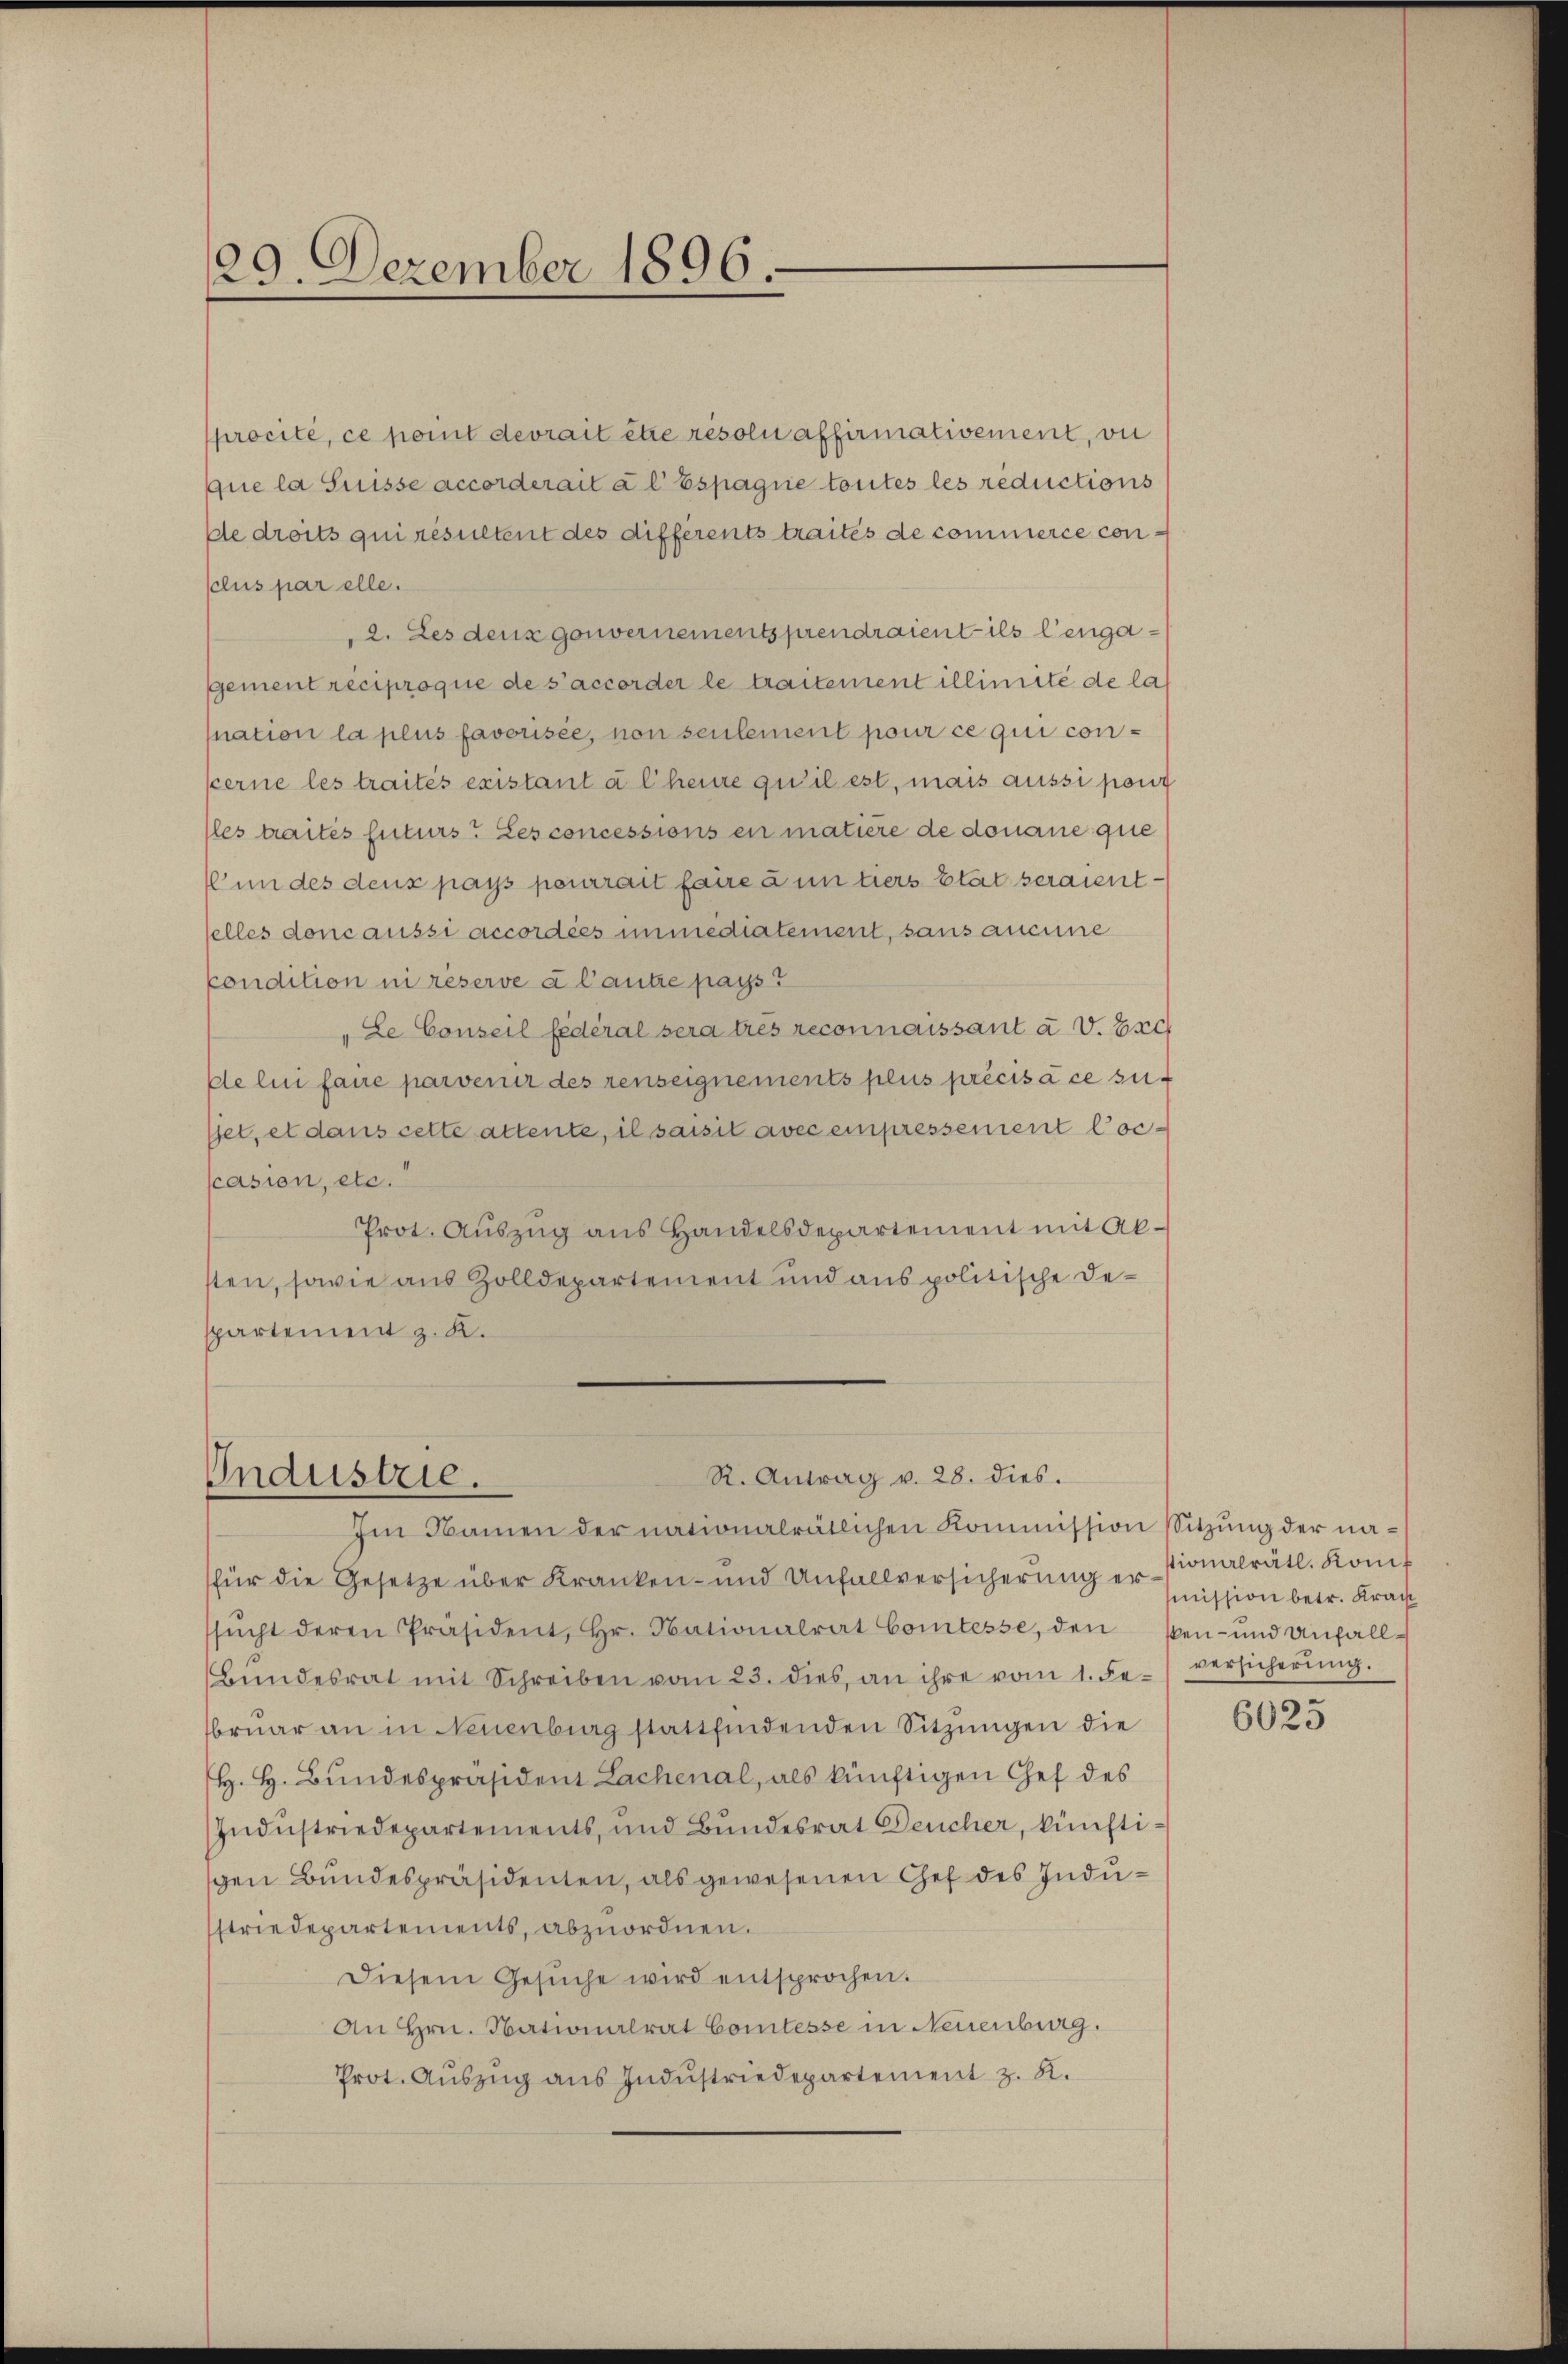
29. Dezember 1896.

procité, ce point devrait être résolu affirmativement, vi
que la Suisse accorderait à l’ Espagnie toutes les réductions
de droits qui resultent des différents traites de commerce consclus par elle.
2. Les dens gouvernementsprendraient ils lengagement reciproque de s’accorder le traitement illimité de las
nation la plus favorisée, non seulement pour ce qui concerne les traités existant à l’heure qu’il est, mais aussi pont
lles traités futurs? Les concessions en matière de donaue que
 un des deux pays pourrait faire à un tiers Etat seraientselles doncaussi accordées immediatement, sans aucune
Condition ni réserve à l’autre pays?
„Le Conseil fédéral sera tres reconnaissant à V. Esch
de lui faire parvenir des renseignements plus précis à ce suf
jet, et dans cette attente, il saisit avec einpressement Cocscasion, etc.
Prot. Aŭszŭg ans Handelsdepartement mit Absten, sowie aus Zolldepartement und aus politische Despartement z. K.

R. Antrag v. 28. dies.
Industrie.

Im Namen der nationalrätlichen Kommission Sitzung der nafür die Gesetze über Kranken- und Unfallversicherung er mission betr. Krach
sŭcht deren Präsident, Hr. Nationalrat Comtesse, den ken- und Anfall¬
Bŭndesrat mit Schreiben vom 23. dies, an ihre vom 1. Fe.) versicherŭng.
bruar an in Neuenburg stattfindenden Sitzungen die
H. H. Bundespräsident Lachenal, als künftigen Chef des
Industriedepartements, und Bundesrat Feucher, künftigen Bundespräsidenten, als gewesenen Chef des Industriedepartements, abzuordnen.
Diesem Gesŭche wird entsprochen.
An Hrn. Nationalrat Comtesse in Neuenburg.
Prot. Aŭszŭg aŭs Indŭstriedepartement z. K.

stionalrätl. Konif

6025